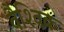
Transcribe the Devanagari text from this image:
वैश्‍िवक